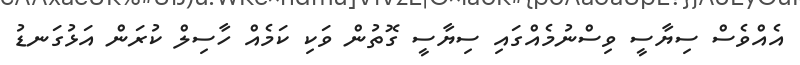
އެއްވެސް ސިޔާސީ ވިސްނުމެއްގައި ސިޔާސީ ގޮތުން ވަކި ކަމެއް ހާސިލް ކުރަން އަޅުގަނޑު